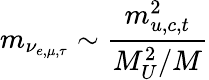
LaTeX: m_{\nu_{e,\mu,\tau}}\sim{\frac{m_{u,c,t}^{2}}{M_{U}^{2}/M}}